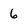
Character: 6